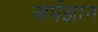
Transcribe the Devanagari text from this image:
सर्पज्ञान